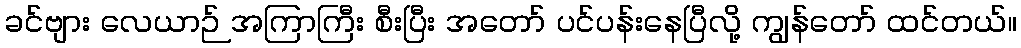
ခင်ဗျား လေယာဉ် အကြာကြီး စီးပြီး အတော် ပင်ပန်းနေပြီလို့ ကျွန်တော် ထင်တယ်။